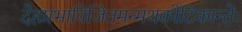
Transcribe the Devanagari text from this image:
देहप्रभाविजितमन्मथकोटिकान्तेः